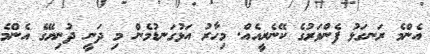
އެންމެ ރަނގަޅު ފެންވަރުގެ ކޭނެރީއެއް. މިހާރު އަޅުގަނޑުމެން މި ދަނީ ދުނިޔޭގެ އެންމެ